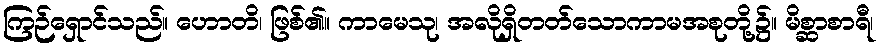
ကြဉ်ရှောင်သည်။ ဟောတိ၊ ဖြစ်၏။ ကာမေသု၊ အလိုရှိတတ်သောကာမအစုတို့၌။ မိစ္ဆာစာရီ၊